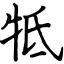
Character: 牴